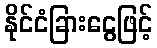
နိုင်ငံခြားငွေဖြင့်